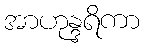
အာဟုန္ဒရိကာ